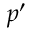
p ^ { \prime }